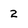
Character: 2